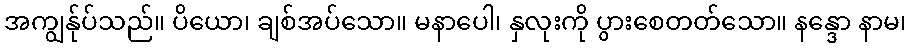
အကျွန်ုပ်သည်။ ပိယော၊ ချစ်အပ်သော။ မနာပေါ၊ နှလုးကို ပွားစေတတ်သော။ နန္ဒော နာမ၊